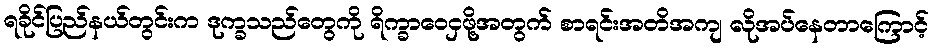
ရခိုင်ပြည်နယ်တွင်းက ဒုက္ခသည်တွေကို ရိက္ခာဝေငှဖို့အတွက် စာရင်းအတိအကျ လိုအပ်နေတာကြောင့်